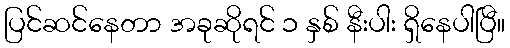
ပြင်ဆင်နေတာ အခုဆိုရင် ၁ နှစ် နီးပါး ရှိနေပါပြီ။